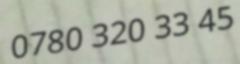
0780 320 33 45